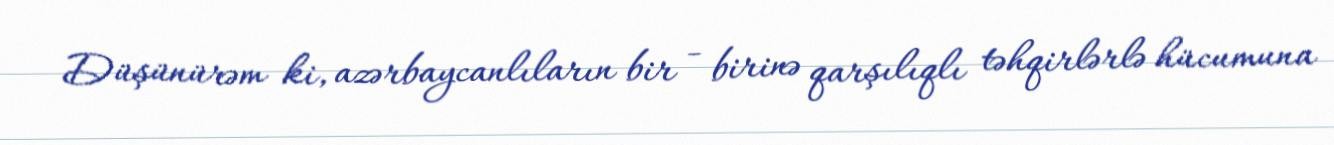
Düşünürəm ki, azərbaycanlıların bir - birinə qarşılıqlı təhqirlərlə hücumuna